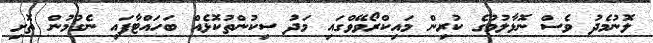
ލޮނުމެދު ވެސް ނޮޅާލުމުގެ ކުރިން މައިކްރޯވޭވްގައި މަދު ސިކުންތުކޮޅެއް ބަހައްޓާފައި ނެގުމުން ތޮށި